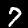
Label: 7